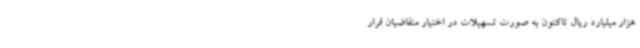
هزار میلیارد ریال تاکنون به صورت تسهیلات در اختیار متقاضیان قرار